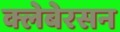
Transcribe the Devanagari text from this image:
क्लेबेरसन